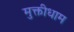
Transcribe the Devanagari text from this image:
मुक्तीधाम